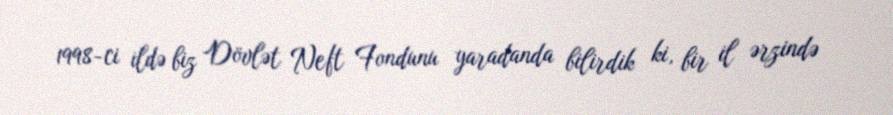
1998-ci ildə biz Dövlət Neft Fondunu yaradanda bilirdik ki, bir il ərzində